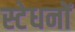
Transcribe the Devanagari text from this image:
स्टेधनों